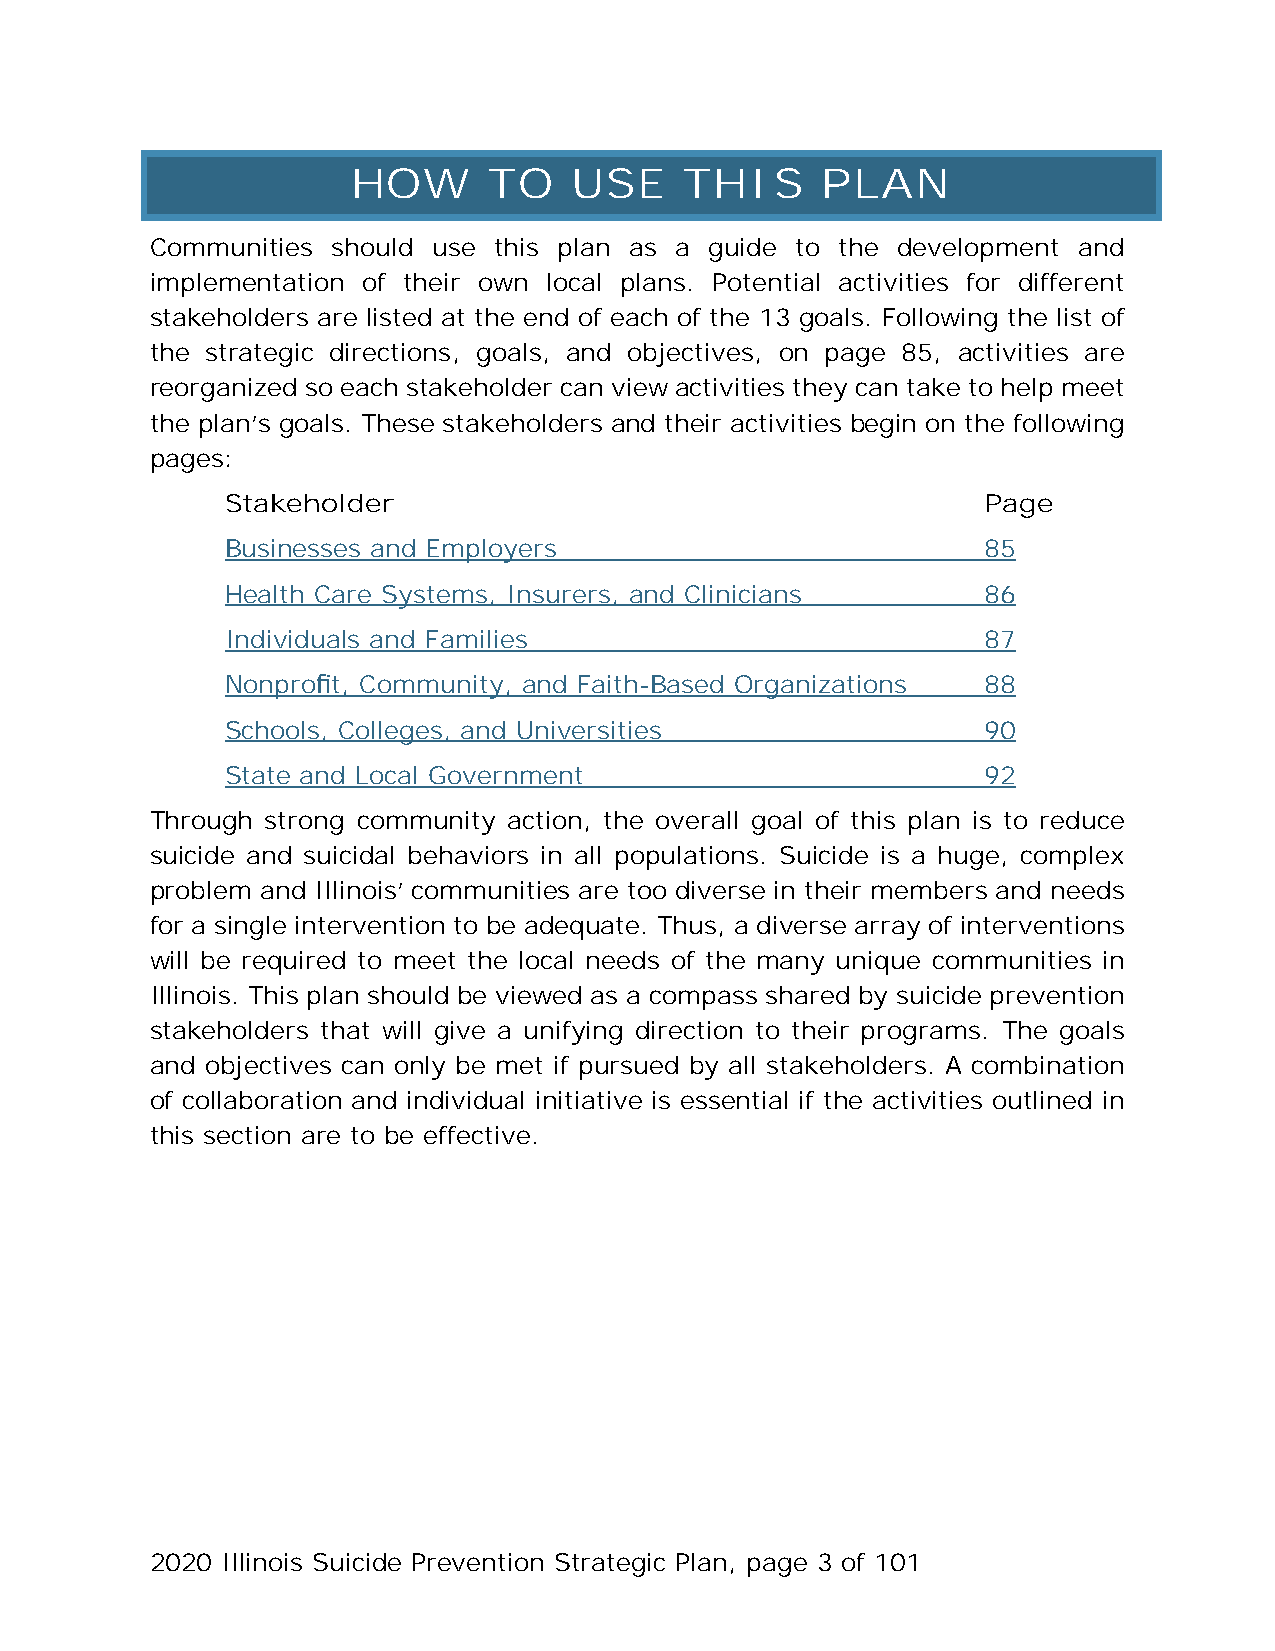
HOW      TO    USE    THIS     PLAN
 Communities should use this plan as a guide to the development and
 implementation of their own local plans. Potential activities for different
 stakeholders are listed at the end of each of the 13 goals. Following the list of
 the strategic directions, goals, and objectives, on page 85, activities are
 reorganized so each stakeholder can view activities they can take to help meet
 the plan’s goals. These stakeholders and their activities begin on the following
 pages:
 Stakeholder                                       Page
 Businesses and Employers                          85
 Health Care Systems, Insurers, and Clinicians     86
 Individuals and Families                          87
 Nonprofit, Community, and Faith-Based Organizations 88
 Schools, Colleges, and Universities               90
 State and Local Government                        92
 Through strong community action, the overall goal of this plan is to reduce
 suicide and suicidal behaviors in all populations. Suicide is a huge, complex
 problem and Illinois’ communities are too diverse in their members and needs
 for a single intervention to be adequate. Thus, a diverse array of interventions
 will be required to meet the local needs of the many unique communities in
 Illinois. This plan should be viewed as a compass shared by suicide prevention
 stakeholders that will give a unifying direction to their programs. The goals
 and objectives can only be met if pursued by all stakeholders. A combination
 of collaboration and individual initiative is essential if the activities outlined in
 this section are to be effective.
 2020 Illinois Suicide Prevention Strategic Plan, page 3 of 101